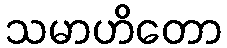
သမာဟိတော